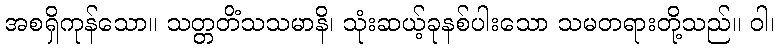
အစရှိကုန်သော။ သတ္တတိံသသမာနိ၊ သုံးဆယ့်ခုနစ်ပါးသော သမတရားတို့သည်။ ဝါ၊